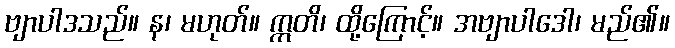
ဗျာပါဒသည်။ န၊ မဟုတ်။ ဣတိ၊ ထို့ကြောင့်။ အဗျာပါဒေါ၊ မည်၏။